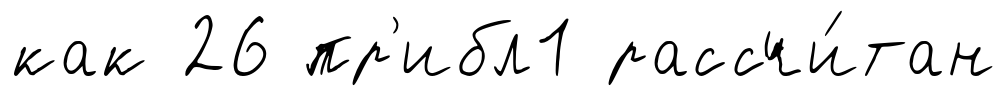
как 26 пр'ибл1 рассчи́тан